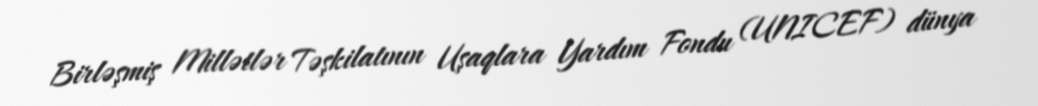
Birləşmiş Millətlər Təşkilatının Uşaqlara Yardım Fondu (UNICEF) dünya